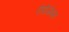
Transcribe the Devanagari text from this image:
एंडोजेमस